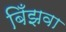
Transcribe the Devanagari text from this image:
बिँझवा